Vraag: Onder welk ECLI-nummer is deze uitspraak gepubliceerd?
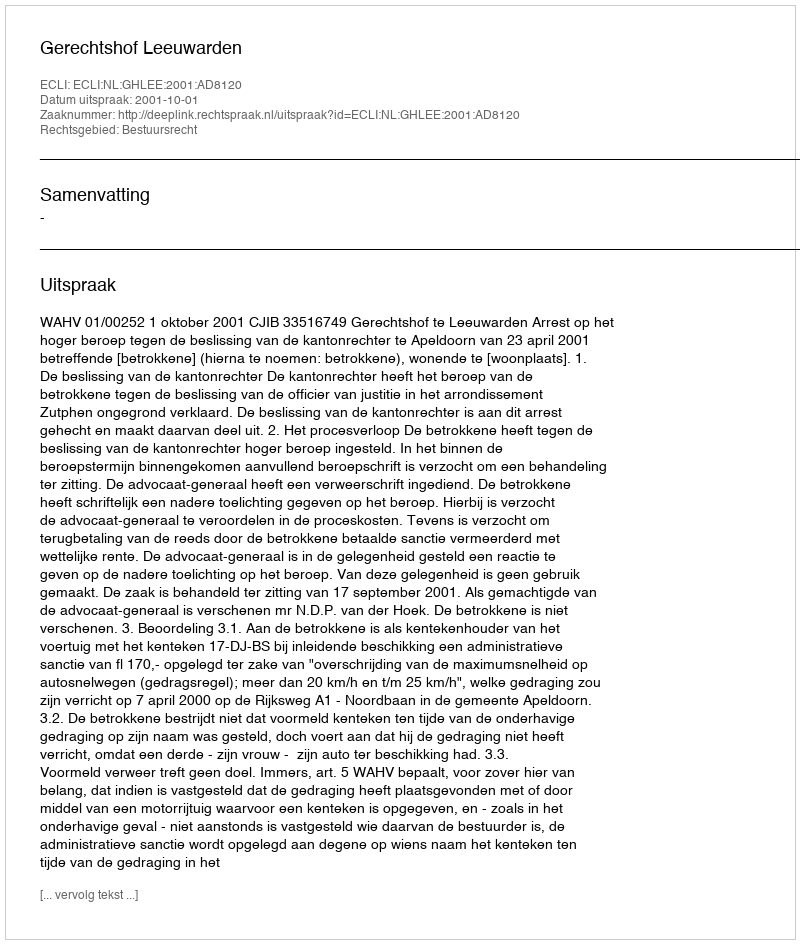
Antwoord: ECLI:NL:GHLEE:2001:AD8120